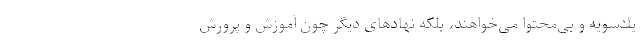
یك‌سویه و بی‌محتوا می‌خواهند، بلكه نهادهای دیگر چون آموزش و پرورش